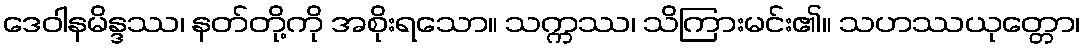
ဒေဝါနမိန္ဒဿ၊ နတ်တို့ကို အစိုးရသော။ သက္ကဿ၊ သိကြားမင်း၏။ သဟဿယုတ္တော၊